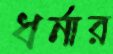
ধর্নার